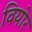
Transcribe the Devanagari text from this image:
वियोर